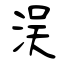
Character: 洖